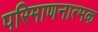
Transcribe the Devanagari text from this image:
परिमाणनात्मक